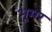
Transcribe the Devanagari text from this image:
भूमर